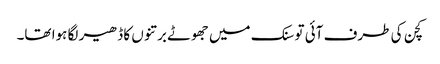
کچن کی طرف آئی تو سنک میں جھوٹے برتنوں کا ڈھیر لگا ہوا تھا۔